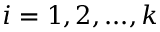
i = 1 , 2 , . . . , k